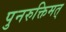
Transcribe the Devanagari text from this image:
पुनरुक्तिमत्